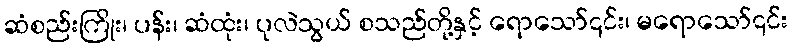
ဆံစည်းကြိုး၊ ပန်း၊ ဆံထုံး၊ ပုလဲသွယ် စသည်တို့နှင့် ရောသော်၎င်း၊ မရောသော်၎င်း